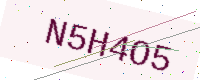
Text: N5H4O5